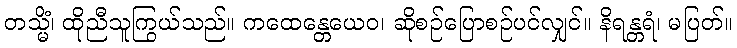
တသ္မိံ၊ ထိုညီသူကြွယ်သည်။ ကထေန္တေယေဝ၊ ဆိုစဉ်ပြောစဉ်ပင်လျှင်။ နိရန္တရံ၊ မပြတ်။